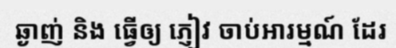
ឆ្ងាញ់ និង ធ្វើឲ្យ ភ្ញៀវ ចាប់អារម្មណ៍ ដែរ